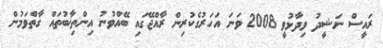
ރައީސް ނަޝީދު ވިދާޅުވީ 2008 ވަނަ އަހަރުގެކުރިން ރާއްޖޭގައި ބޭއްވުނު އިންތިޚާބުތައް ގާތްވަމުން